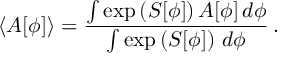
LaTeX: \langle A [ \phi ] \rangle = \frac { \int \exp \left( S [ \phi ] \right) A [ \phi ] \, d \phi } { \int \exp \left( S [ \phi ] \right) \, d \phi } \, .